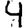
Digit: 4